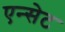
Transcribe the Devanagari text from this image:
एन्सेट